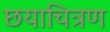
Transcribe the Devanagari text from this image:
छयाचित्रण